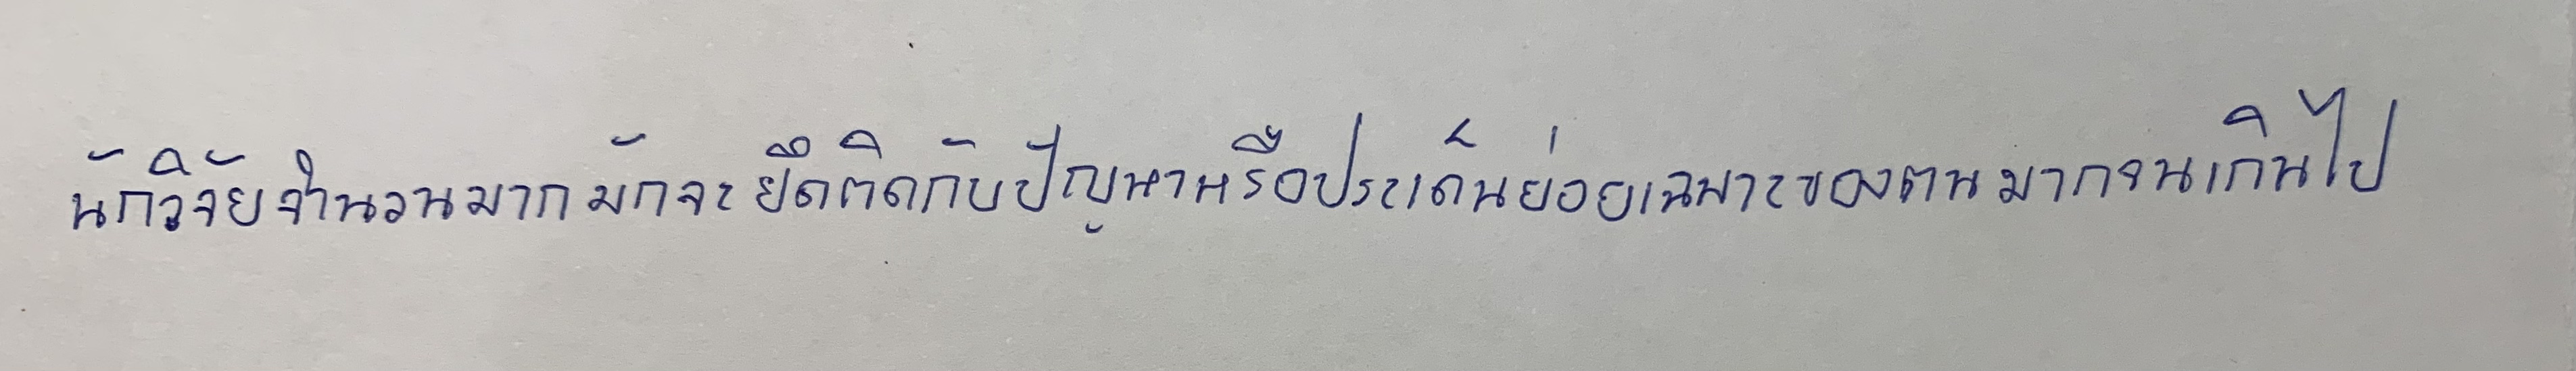
นักวิจัยจำนวนมากมักจะยึดติดกับปัญหาหรือประเด็นย่อยเฉพาะของตนมากจนเกินไป